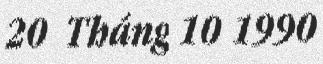
20 Tháng 10 1990